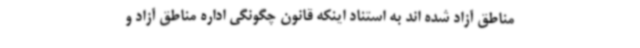
مناطق آزاد شده اند به استناد اینکه قانون چگونگی اداره مناطق آزاد و